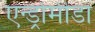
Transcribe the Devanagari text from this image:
एन्ड्रोमीडा